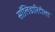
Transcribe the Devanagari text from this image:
सॉलिडारिटीला